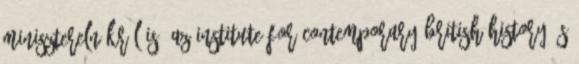
miniszterelnökről is. Az Institute for Contemporary British History és